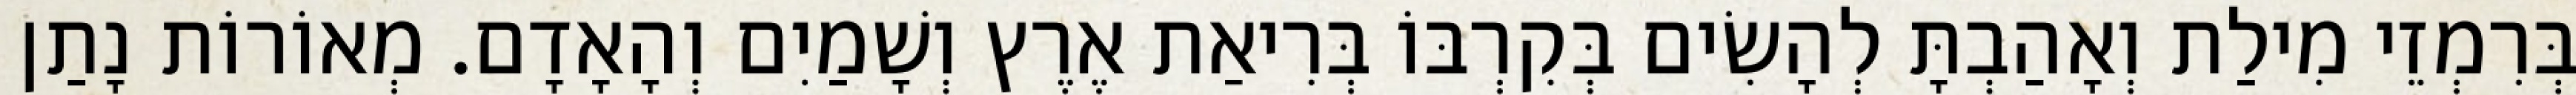
בְּרִמְזֵי מִילַת וְאָהַבְתָּ לְהָשִׂים בְּקִרְבּוֹ בְּרִיאַת אֶרֶץ וְשָׁמַיִם וְהָאָדָם. מְאוֹרוֹת נָתַן